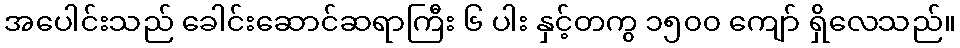
အပေါင်းသည် ခေါင်းဆောင်ဆရာကြီး ၆ ပါး နှင့်တကွ ၁၅၀၀ ကျော် ရှိလေသည်။